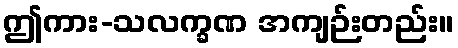
ဤကား-သလက္ခဏ အကျဉ်းတည်း။